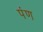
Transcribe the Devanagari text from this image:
पंण